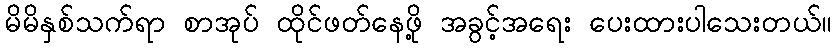
မိမိနှစ်သက်ရာ စာအုပ် ထိုင်ဖတ်နေဖို့ အခွင့်အရေး ပေးထားပါသေးတယ်။